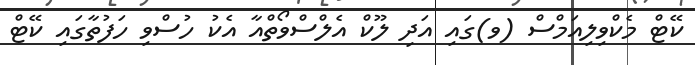
ކޭޓް މެކްވިލިއަމްސް (ވ)ގައި އަދި ލޫކް އެލްސްވޯތްއާ އެކު ހުސްވި ހަފުތާގައި ކޭޓް